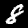
Label: 8